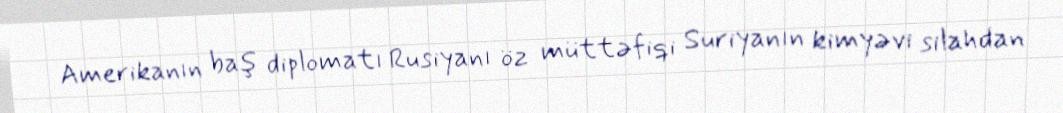
Amerikanın baş diplomatı Rusiyanı öz müttəfiqi Suriyanın kimyəvi silahdan